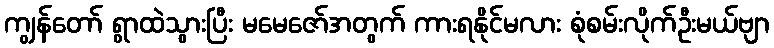
ကျွန်တော် ရွာထဲသွားပြီး မမေဇော်အတွက် ကားရနိုင်မလား စုံစမ်းလိုက်ဦးမယ်ဗျာ